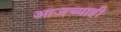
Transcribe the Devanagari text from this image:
आजच्याही